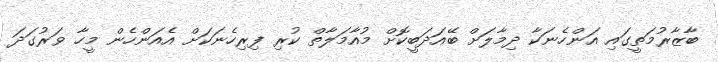
ބާޒާރުމަތީގައި އަންހެނަކާ ދިމާލަށް ބޭއަދަބީކޮށް މުއާމަލާތް ކުރި ފިރިހެނަކަށް އެއަންހެން މީހާ ވަރުގަދަ